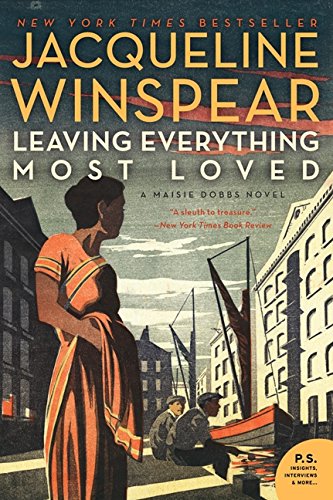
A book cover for Leaving Everything Most Loved (Maisie Dobbs); Jacqueline Winspear; Mystery, Thriller & Suspense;